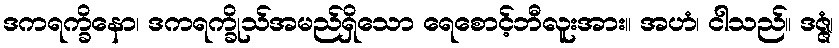
ဒကရက္ခိနော၊ ဒကရက္ခိုသ်အမည်ရှိသော ရေစောင့်ဘီလူးအား။ အဟံ၊ ငါသည်။ ဒဇ္ဇံ၊